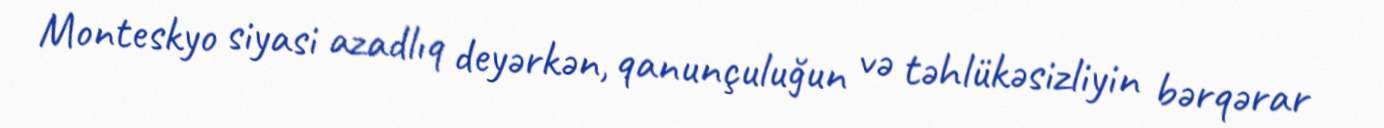
Monteskyo siyasi azadlıq deyərkən, qanunçuluğun və təhlükəsizliyin bərqərar